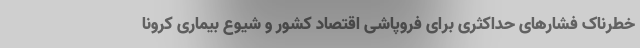
خطرناک فشارهای حداکثری برای فروپاشی اقتصاد کشور و شیوع بیماری کرونا